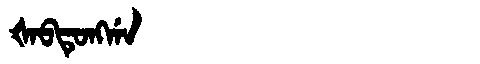
Manchu: ᡧᠠᠪᡨᡠᠩᡤᠠ
Romanization: ŠABTUNGGA